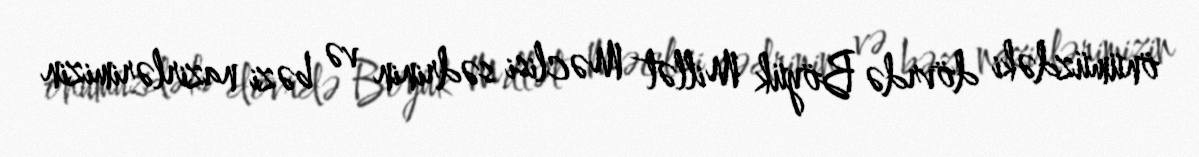
önümüzdəki dövrdə Böyük Millət Məclisi sədrinin və bəzi nazirlərimizin